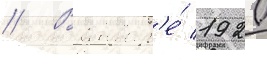
// В январ'е́ 1920